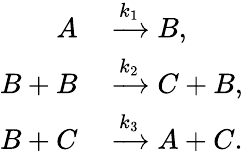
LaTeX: \begin{array}{rl}{A}&{{}\xrightarrow{k_{1}}B,}\\ {B+B}&{{}\xrightarrow{k_{2}}C+B,}\\ {B+C}&{{}\xrightarrow{k_{3}}A+C.}\end{array}